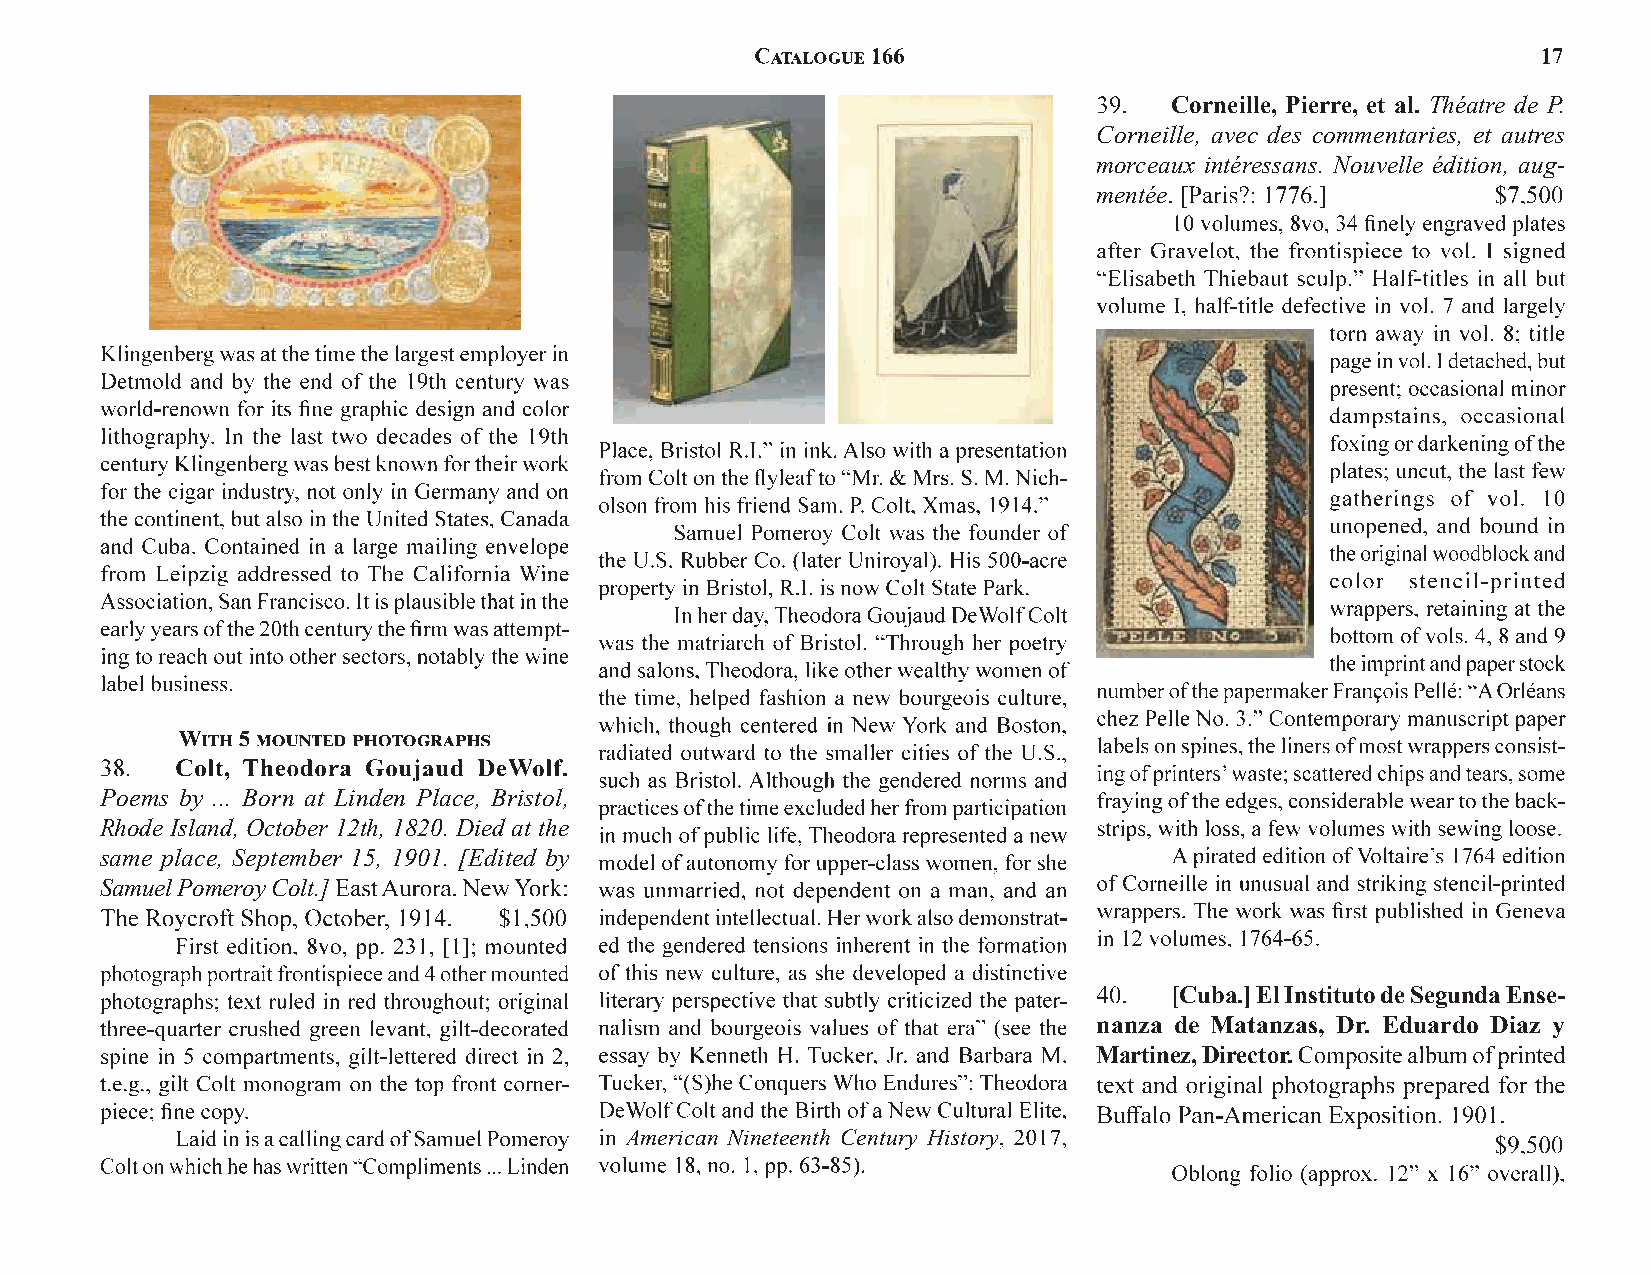
Corneille, Pierre, et al. Théatre de P.
 Corneille, avec des commentaries, et autres
 morceaux intéressans. Nouvelle édition, aug-
 mentée
 Poems by ... Born at Linden Place, Bristol,
 Rhode Island, October 12th, 1820. Died at the
 same place, September 15, 1901. [Edited by
 Samuel Pomeroy Colt.]
 [Cuba.]El Instituto de Segunda Ense-
 nanza de Matanzas, Dr. Eduardo Diaz y
 Martinez, Director.
 American Nineteenth Century History